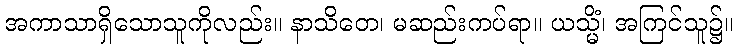
အကာသာရှိသောသူကိုလည်း။ နာသိတေ၊ မဆည်းကပ်ရာ။ ယသ္မိံ၊ အကြင်သူ၌။